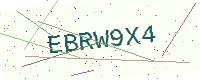
Text: EBRW9X4